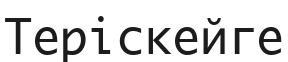
Теріскейге